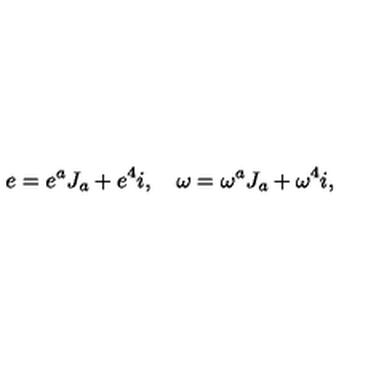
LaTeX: e = e ^ { a } J _ { a } + e ^ { 4 } i , \quad \omega = \omega ^ { a } J _ { a } + \omega ^ { 4 } i ,